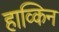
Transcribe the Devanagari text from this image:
हाव्किन